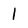
Character: 1